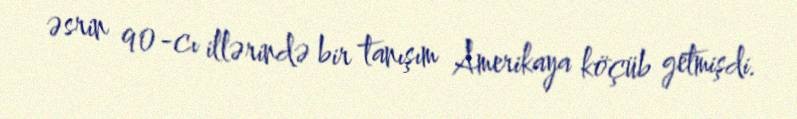
əsrin 90-cı illərində bir tanışım Amerikaya köçüb getmişdi.